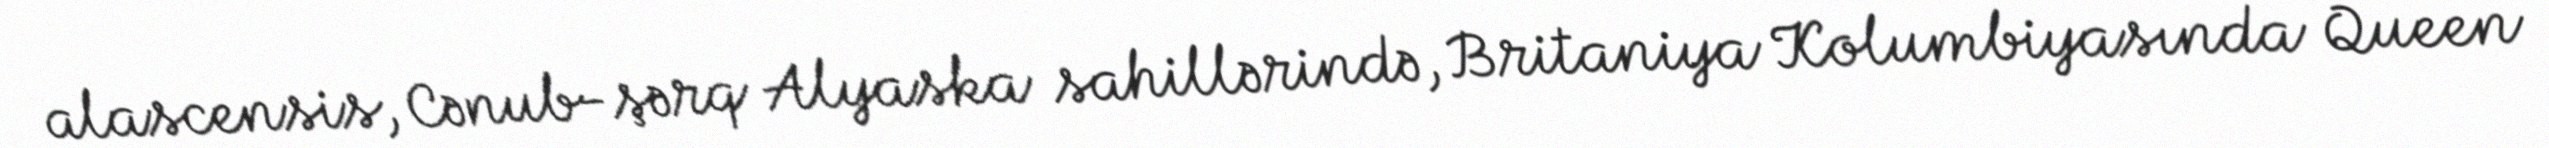
alascensis, Cənub-şərq Alyaska sahillərində, Britaniya Kolumbiyasında Queen